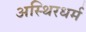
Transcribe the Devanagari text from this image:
अस्थिरधर्म